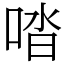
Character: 𠴲